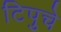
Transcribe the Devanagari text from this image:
टिपुचे